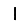
Digit: 1